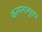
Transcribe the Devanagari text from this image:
कल्पनांनुसार